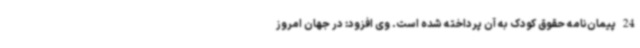
24 پیمان‌نامه حقوق کودک به آن پرداخته شده است. وی افزود: در جهان امروز